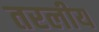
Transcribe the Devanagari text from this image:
तरलीय